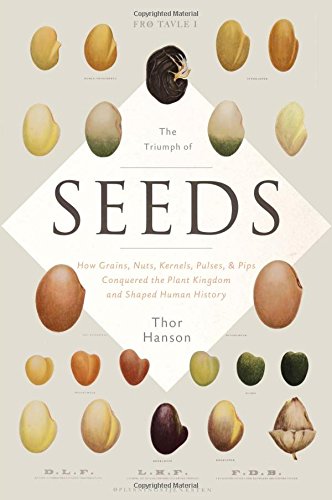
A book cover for The Triumph of Seeds: How Grains, Nuts, Kernels, Pulses, and Pips Conquered the Plant Kingdom and Shaped Human History; Thor Hanson; Engineering & Transportation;